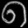
Digit: ၈